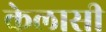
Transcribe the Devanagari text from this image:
केलासी